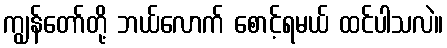
ကျွန်တော်တို့ ဘယ်လောက် စောင့်ရမယ် ထင်ပါသလဲ။